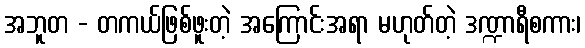
အဘူတ - တကယ်ဖြစ်ဖူးတဲ့ အကြောင်းအရာ မဟုတ်တဲ့ ဒဏ္ဍာရီစကား၊